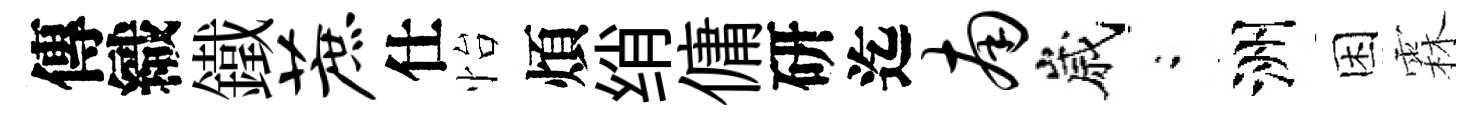
傳織鐵蔗仕怡煩绡傭研迄南嵗閤洲困霖